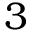
3